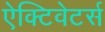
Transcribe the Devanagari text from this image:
ऐक्टिवेटर्स